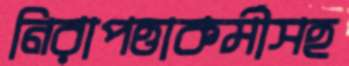
নিরাপত্তাকর্মীসহ